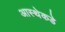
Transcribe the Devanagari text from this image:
आस्थेकडे